Regulations for the medical services of the Army of India
Year: 1930
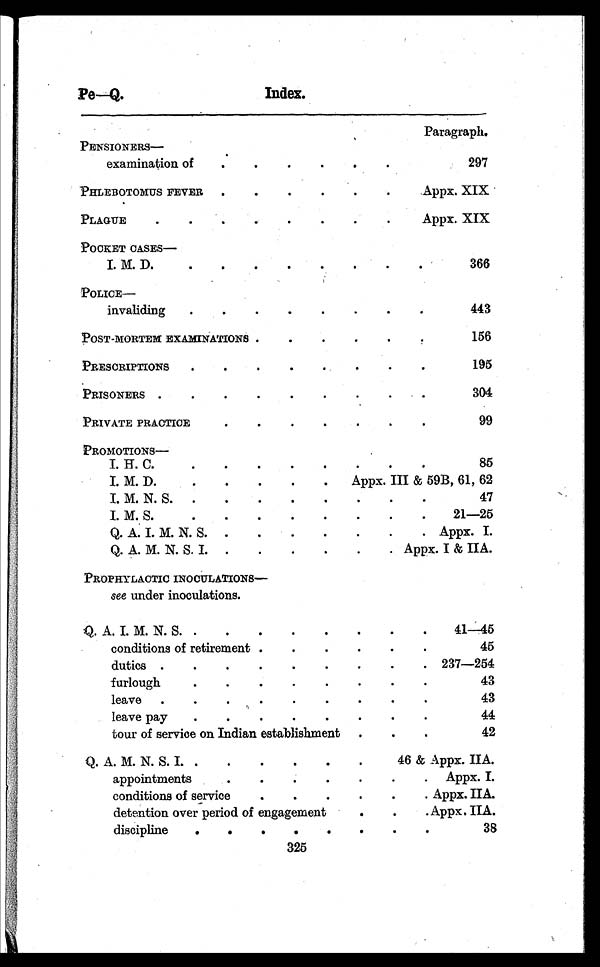
Pe—Q.
Index.
Paragraph.
PENSIONERS
—
examination of . . .
297
PHLEBOTOMUS FEVER . . .
Appx. XIX
PLAGUE . . .
Appx. XIX
POCKET CASES
—
I. M. D. . .
366
POLICE
—
invaliding . . .
443
POST-MORTEM EXAMINATIONS . . .
156
PRESCRIPTIONS . . .
195
PRISONERS . . .
304
PRIVATE PRACTICE. . .
9 9
PROMOTIONS
—
I. H. C.
85
I. M. D. . .
Appx. III & 59B, 61, 62
I. M. N. S. . .
47
I. M. S. . .
21—25
Q. A. I. M. N. S. . .
Appx. I.
Q. A. M. N. S. I. . .
Appx. I & IIA.
PROPHYLACTIC INOCULATIONS
—
see under inoculations.
Q. A. I. M. N. S. . .
41—45
conditions of retirement . . .
45
duties . . .
237—254
furlough . . .
43
leave . . .
43
leave pay . . .
44
tour of service on Indian establishment
42
Q. A. M. N. S. I. . .
46 & Appx. IIA.
appointments . . .
Appx. I.
conditions of service . . .
Appx. IIA.
detention over period of engagement . . .
Appx. IIA.
discipline . . .
38
325